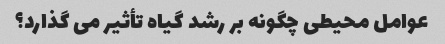
عوامل محیطی چگونه بر رشد گیاه تأثیر می گذارد؟